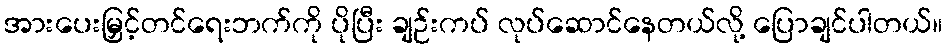
အားပေးမြှင့်တင်ရေးဘက်ကို ပိုပြီး ချဉ်းကပ် လုပ်ဆောင်နေတယ်လို့ ပြောချင်ပါတယ်။